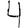
Digit: 4